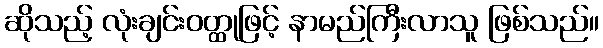
ဆိုသည့် လုံးချင်းဝတ္ထုဖြင့် နာမည်ကြီးလာသူ ဖြစ်သည်။